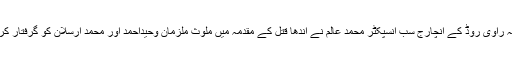
تھانہ راوی روڈ کے انچارج سب انسپکٹر محمد عالم نے اندھا قتل کے مقدمہ میں ملوث ملزمان وحیداحمد اور محمد ارسلان کو گرفتار کر لیا۔